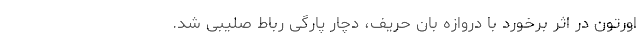
اورتون در اثر برخورد با دروازه بان حریف، دچار پارگی رباط صلیبی شد.